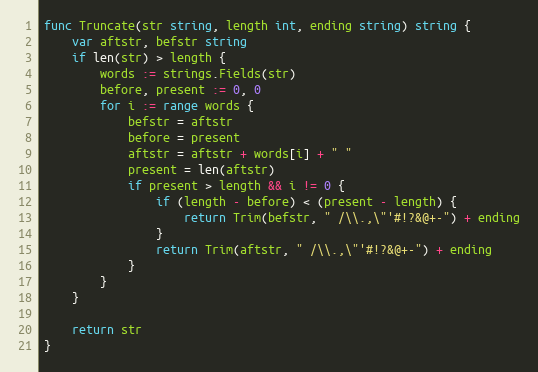
Language: Go
func Truncate(str string, length int, ending string) string {
	var aftstr, befstr string
	if len(str) > length {
		words := strings.Fields(str)
		before, present := 0, 0
		for i := range words {
			befstr = aftstr
			before = present
			aftstr = aftstr + words[i] + " "
			present = len(aftstr)
			if present > length && i != 0 {
				if (length - before) < (present - length) {
					return Trim(befstr, " /\\.,\"'#!?&@+-") + ending
				}
				return Trim(aftstr, " /\\.,\"'#!?&@+-") + ending
			}
		}
	}

	return str
}